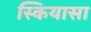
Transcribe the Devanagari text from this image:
स्कियासा